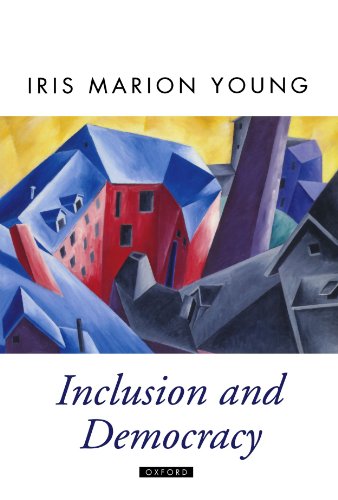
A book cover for Inclusion and Democracy (Oxford Political Theory); Iris Marion Young; Politics & Social Sciences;